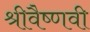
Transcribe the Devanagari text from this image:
श्रीवैष्णवी